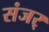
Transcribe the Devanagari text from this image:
संजर्